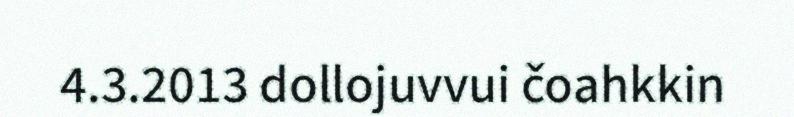
4.3.2013 dollojuvvui čoahkkin